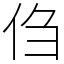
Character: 㑇